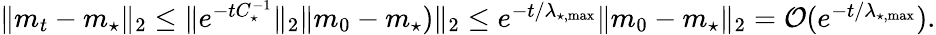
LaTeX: \begin{array}{r}{\| m_{t}-m_{\star}\| _{2}\leq\| e^{-tC_{\star}^{-1}}\| _{2}\| m_{0}-m_{\star})\| _{2}\leq e^{-t/\lambda_{\star,\operatorname*{max}}}\| m_{0}-m_{\star}\| _{2}=\mathcal{O}(e^{-t/\lambda_{\star,\operatorname*{max}}}).}\end{array}